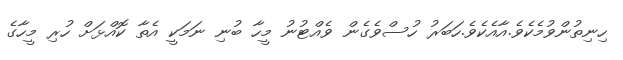
ހިނިތުންވުމެކެވެ.އާއެކެވެ.ހަބަރު ހުސްވެގެން ވެއްޓުނު މީހާ ބުނި ނަމަކީ އެތާ ކޮއްޅަށް ހުރި މީހާގެ